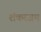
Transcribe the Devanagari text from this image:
शंकरजय